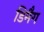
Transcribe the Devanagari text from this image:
डिमैग